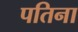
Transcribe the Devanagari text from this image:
पतिना